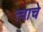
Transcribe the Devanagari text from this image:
त्वाचे